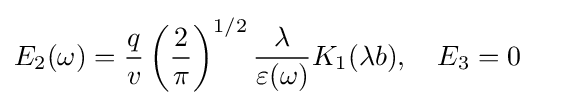
E_{2}(\omega )={\frac {q}{v}}\left({\frac {2}{\pi }}\right)^{1/2}{\frac {\lambda }{\varepsilon (\omega )}}K_{1}(\lambda b),\quad E_{3}=0\quad